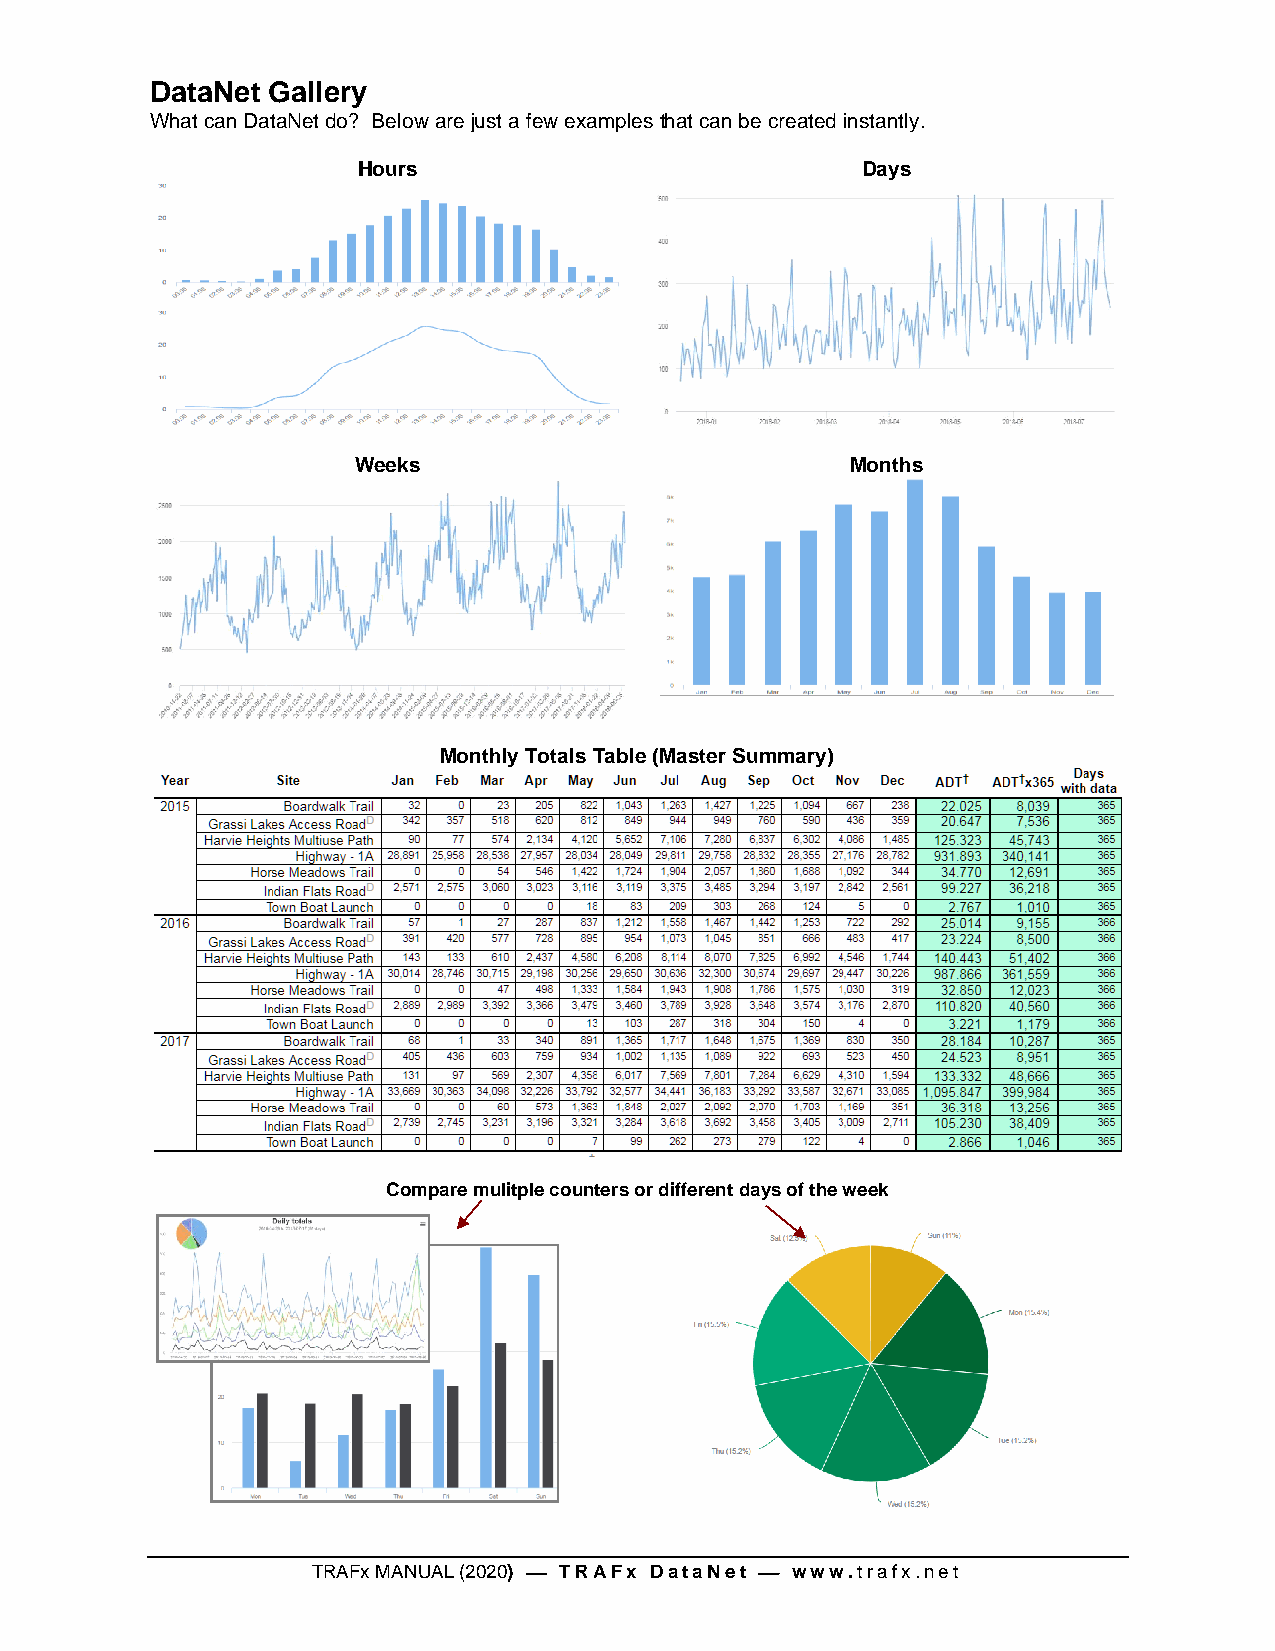
DataNet Gallery
 What can DataNet do? Below are just a few examples that can be created instantly.
 Hours                            Days
 Weeks                           Months
 Monthly Totals Table (Master Summary)
 Compare mulitple counters or different days of the week
 TRAFx MANUAL (2020) ⎯ TRAFx DataNet ⎯ www.trafx.net